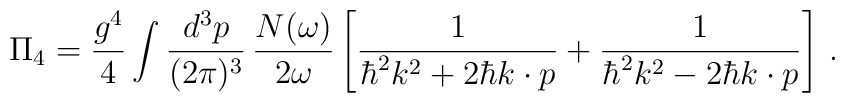
\Pi_4 = \frac{g^4}{4} \int \frac{d^3p}{(2\pi)^3}\,\frac{N(\omega)}{2\omega}\left[\frac{1}{\hbar^2k^2 + 2\hbar k\cdot p} + \frac{1}{\hbar^2k^2 - 2\hbar k\cdot p}\right]\,.